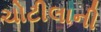
ચોટીલાની